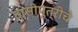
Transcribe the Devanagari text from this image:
दासीपुत्रीचे